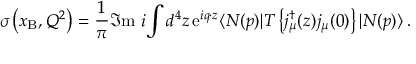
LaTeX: \sigma \left( x _ { \mathrm { B } } , Q ^ { 2 } \right) = \frac { 1 } { \pi } \Im \mathrm { m } \ i \! \int d ^ { 4 } z \, \mathrm { e } ^ { i q \cdot z } \langle N ( p ) | T \left\{ j _ { \mu } ^ { \dagger } ( z ) j _ { \mu } ( 0 ) \right\} | N ( p ) \rangle \, .